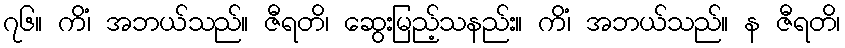
၇၆။ ကိံ၊ အဘယ်သည်။ ဇီရတိ၊ ဆွေးမြည့်သနည်း။ ကိံ၊ အဘယ်သည်။ န ဇီရတိ၊